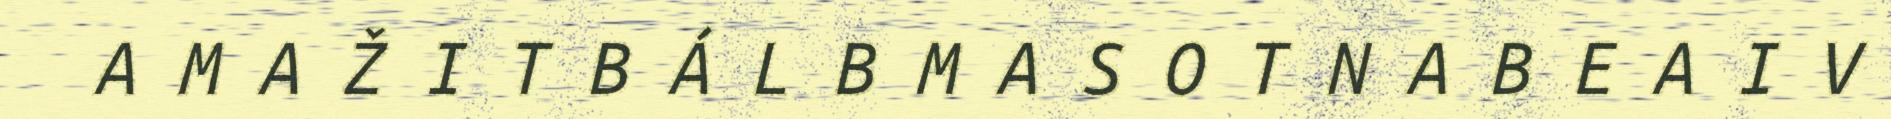
A M A Ž I T B Á L B M A S O T N A B E A I V